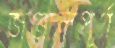
জঞ্জালপূর্ণ